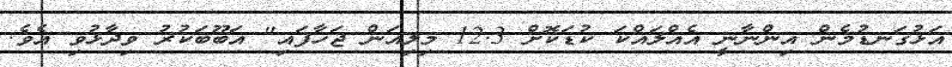
އަޅުގަނޑުމެން އިންނާނީ އެއްލައްކަ ކުޑަކޮށް 12.3 މިލިއަން ޖަހާފައި" އަބޫބަކުރު ވިދާޅުވި އެވެ.